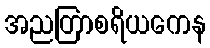
အညတြာစရိယကေန